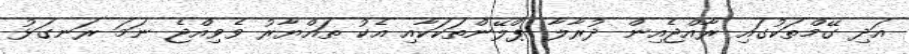
އަދި ގޭމްތަކުގައި ރާއްޖެއިން ދުރާލާ ޕްލޭންތަކަކާއި އެކު ތައްޔާރު ވެވިއްޖެ ނަމަ ރަނގަޅު